Report of the Imperial Institute of Veterinary Research, Muktesar
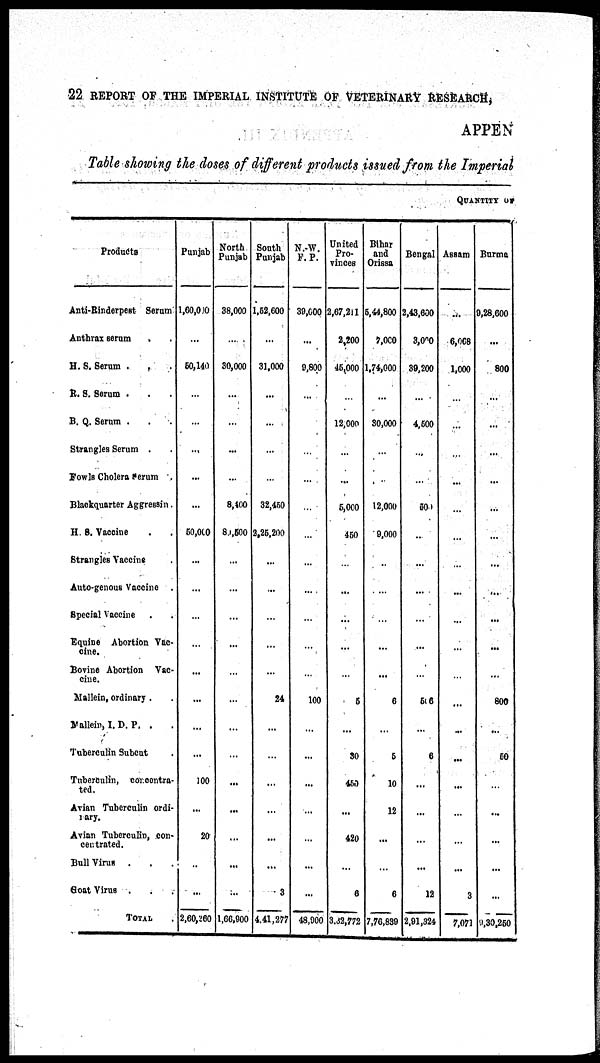
22 REPORT OF THE IMPERIAL INSTITUTE OF VETERINARY RESEARCH,
APPEN
Table showing the doses of different products issued from the Imperial
QUANTITY OF
Products
Anti-Rinderpest Serum
Anthrax serum
H. S. Serum
R. S. Serum
B. Q. Serum
Strangles Serum
Fowls Cholera serum
Blackquarter Aggressin
H. S. Vaccine
Strangles Vaccine
Auto-genous Vaccine
Special Vaccine
Equine Abortion Vac-
cine.
Bovine Abortion Vac-
cine.
Mallein, ordinary .
Mallein, I. D. P. .
Tuberculin Subcut
Tuberculin, concentra¬
ted.
Avian Tuberculin ordi¬
nary.
Avian Tuberculin, con-
centrated.
Bull Virus .
Goat Virus .
TOTAL
Punjab
1,60,000
...
50,140
...
...
...
...
...
50,000
...
...
...
...
...
...
...
...
100
...
20
...
...
2,60,260
North
Punjab
38,000
...
30,000
...
...
...
...
8,400
84,500
...
...
...
...
...
...
...
..
...
...
...
...
...
1,66,900
South
Punjab
1,52,600
...
31,000
...
...
...
...
32,450
2,25,200
...
...
...
...
...
24
...
...
...
...
...
...
3
4,41,277
N.-W.
F.P.
39,000
...
9,800
...
...
...
...
...
...
...
...
...
...
...
100
...
...
...
...
...
...
...
48,900
United
Pro-
vinces
2,67,211
2,200
45,000
...
12,000
...
...
5,000
450
...
...
...
...
...
5
...
30
450
...
420
...
6
3,32,772
Bihar
and
Orissa
5,44,800
7,000
1,74,000
...
30,000
...
...
12,000
9,000
...
...
...
...
...
6
...
5
10
12
...
...
6
7,76,839
Bengal
2,43,600
3,000
39,200
...
4,500
...
...
500
...
...
...
...
...
...
506
...
6
...
...
...
...
12
2,91,324
Assam
...
6,008
1,000
...
...
...
...
...
...
...
...
...
...
...
...
...
...
...
...
...
3
7,071
Burma
9,28,600
...
800
...
...
...
...
...
...
...
...
...
...
...
800
...
50
...
...
...
...
...
9,30,250